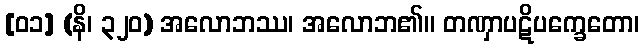
[၀၁] (နိ၊ ၃၂၀) အလောဘဿ၊ အလောဘ၏။ တဏှာပဋိပက္ခေတော၊